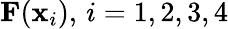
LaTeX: \mathbf{F}(\mathbf{x}_{i}),\, i=1,2,3,4